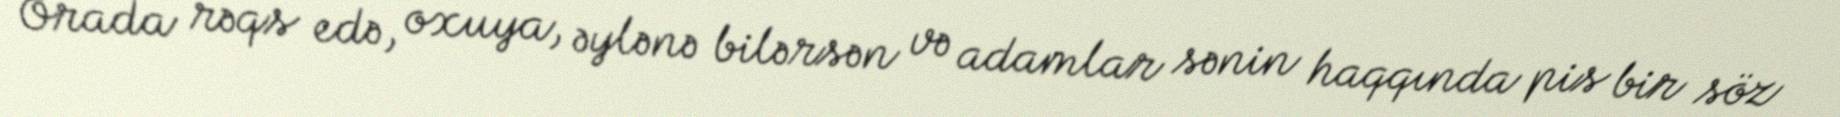
Orada rəqs edə, oxuya, əylənə bilərsən və adamlar sənin haqqında pis bir söz